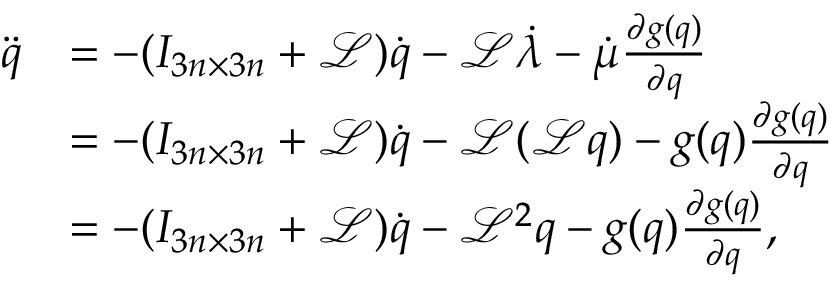
\begin{array} { r l } { \ddot { q } } & { = - ( I _ { 3 n \times 3 n } + \mathcal { L } ) \dot { q } - \mathcal { L } \dot { \lambda } - \dot { \mu } \frac { \partial g ( q ) } { \partial q } } \\ & { = - ( I _ { 3 n \times 3 n } + \mathcal { L } ) \dot { q } - \mathcal { L } ( \mathcal { L } q ) - g ( q ) \frac { \partial g ( q ) } { \partial q } } \\ & { = - ( I _ { 3 n \times 3 n } + \mathcal { L } ) \dot { q } - \mathcal { L } ^ { 2 } q - g ( q ) \frac { \partial g ( q ) } { \partial q } , } \end{array}